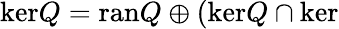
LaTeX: \mathrm{ker}Q=\mathrm{ran}Q\oplus(\mathrm{ker}Q\cap\mathrm{ker}